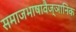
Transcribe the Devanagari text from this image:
समाजभाषावैज्ञानिक